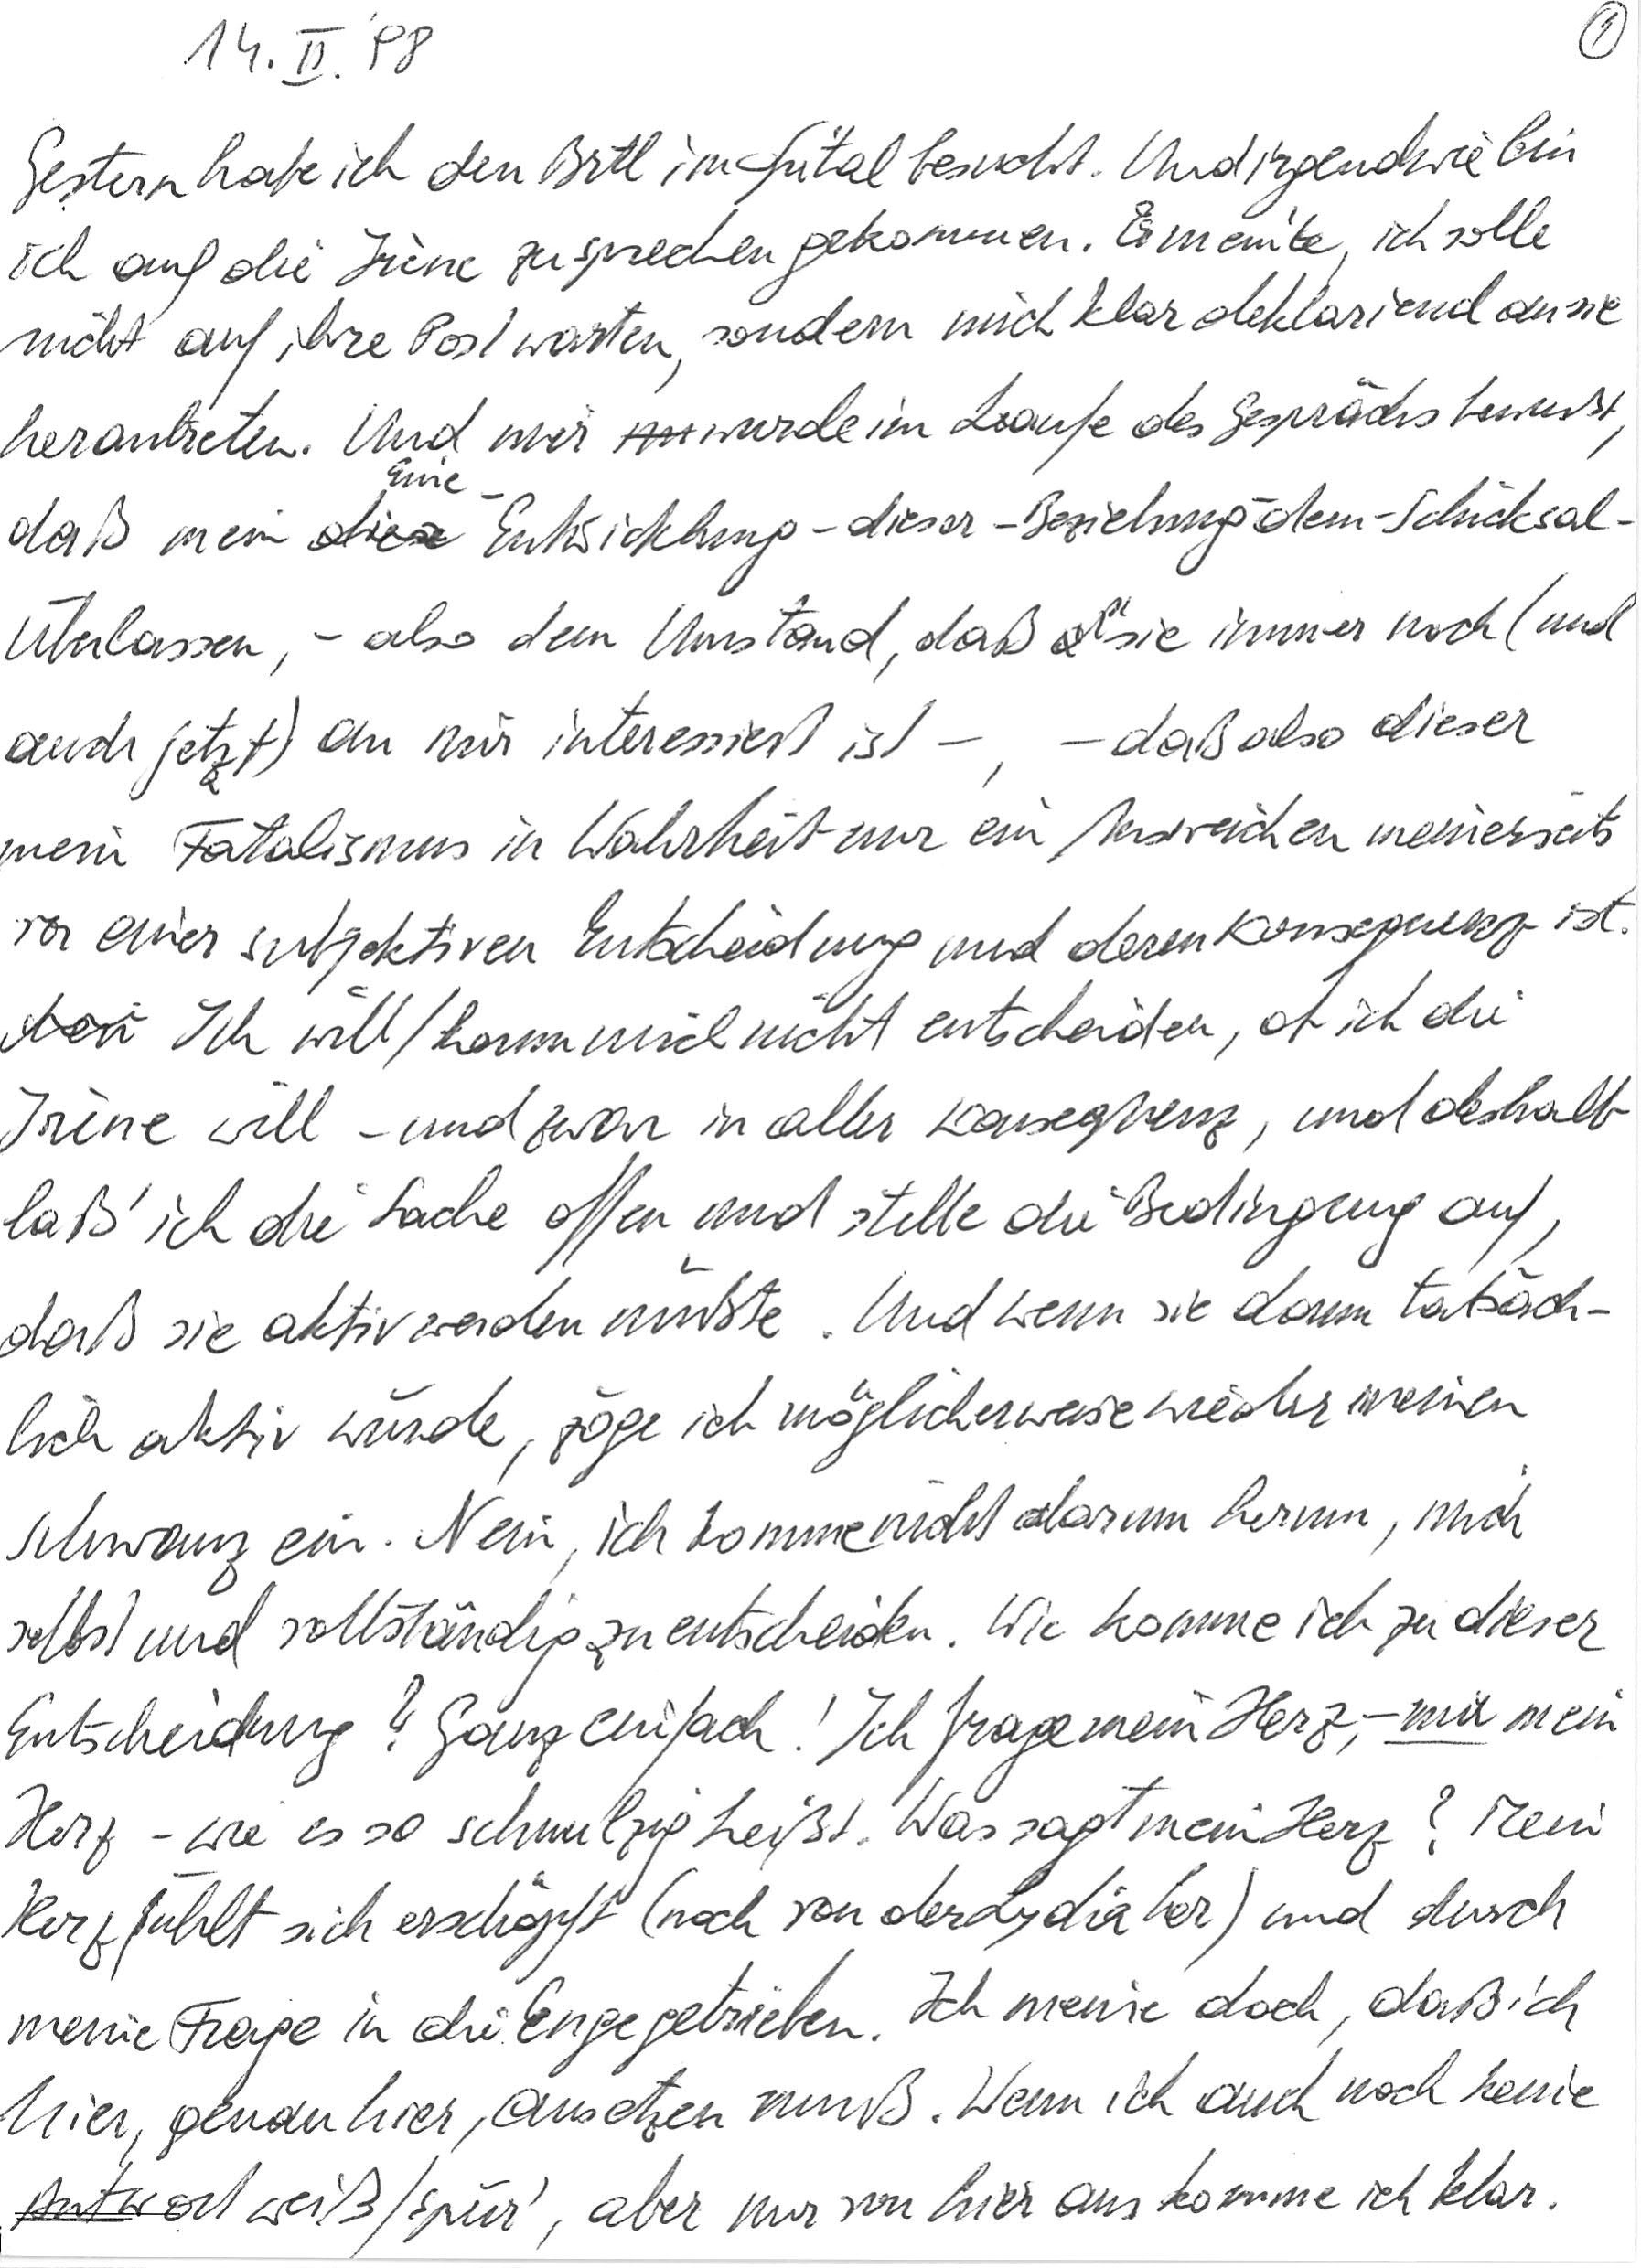
14. II. ‘98
Gestern habe ich den Brtl im Spital besucht. Und irgendwie bin
ich auf die Irène zu sprechen gekommen. Er meinte, ich solle
nicht auf ihre Post warten, sondern mich klar deklarierend an sie
herantreten. Und mir wurde im Laufe des Gesprächs bewußt,
daß mein Eine-Entwicklung-dieser-Beziehung-dem-Schicksal-
Überlassen, – also dem Umstand, daß sie immer noch (und
auch jetzt) an mir interessiert ist –, – dass also dieser
mein Fatalismus in Wahrheit nur ein Ausweichen meinerseits
vor einer subjektiven Entscheidung und deren Konsequenz ist.
Ich will/kann mich nicht entscheiden, ob ich die
Irène will – und zwar in aller Konsequenz, und deshalb
laß‘ ich die Sache offen und stelle die Bedingung auf,
daß sie aktiv werden müßte. Und wenn sie dann tatsäch-
lich aktiv würde, zöge ich möglicherweise wieder meinen
Schwanz ein. Nein, ich komme nicht darum herum, mich
selbst und vollständig zu entscheiden. Wie komme ich zu dieser
Entscheidung? Ganz einfach! Ich frage mein Herz, – nur mein
Herz – wie es so schnulzig heißt. Was sagt mein Herz? Mein
Herz fühlt sich erschöpft (noch von der Lydia her) und durch
meine Frage in die Enge getrieben. Ich meine doch, daß ich
hier, genau hier, ansetzen muß. Wenn ich auch noch keine
Antwort weiß/spür‘, aber nur von hier aus komme ich klar.